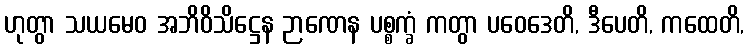
ဟုတွာ သယမေဝ အဘိဝိသိဋ္ဌေန ဉာဏေန ပစ္စက္ခံ ကတွာ ပဝေဒေတိ, ဒီပေတိ, ကထေတိ,